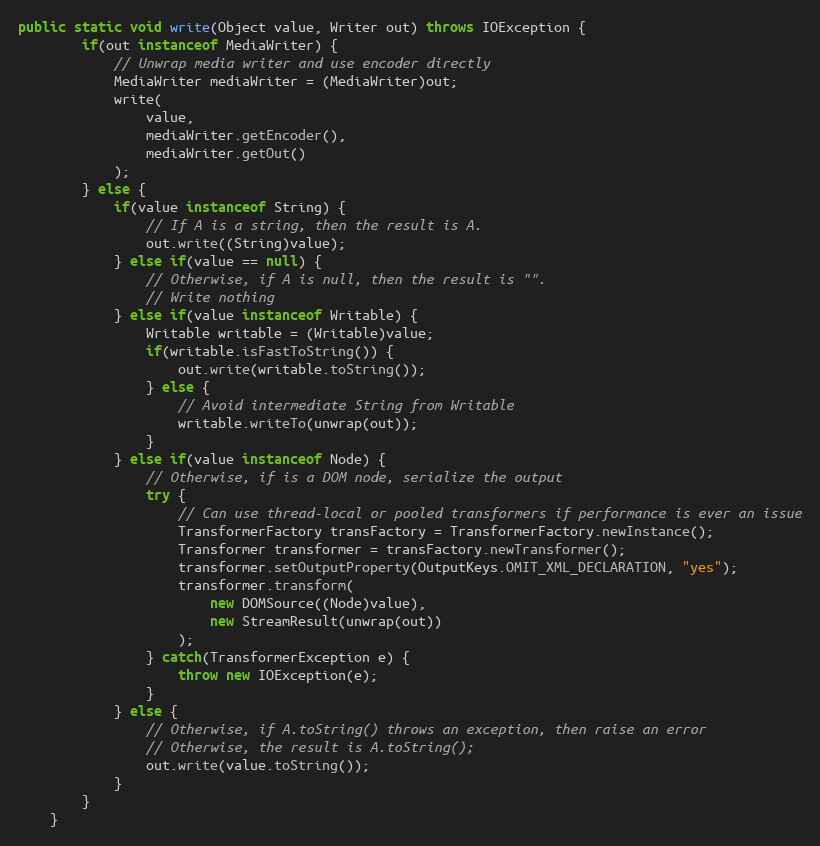
Language: Java
public static void write(Object value, Writer out) throws IOException {
		if(out instanceof MediaWriter) {
			// Unwrap media writer and use encoder directly
			MediaWriter mediaWriter = (MediaWriter)out;
			write(
				value,
				mediaWriter.getEncoder(),
				mediaWriter.getOut()
			);
		} else {
			if(value instanceof String) {
				// If A is a string, then the result is A.
				out.write((String)value);
			} else if(value == null) {
				// Otherwise, if A is null, then the result is "".
				// Write nothing
			} else if(value instanceof Writable) {
				Writable writable = (Writable)value;
				if(writable.isFastToString()) {
					out.write(writable.toString());
				} else {
					// Avoid intermediate String from Writable
					writable.writeTo(unwrap(out));
				}
			} else if(value instanceof Node) {
				// Otherwise, if is a DOM node, serialize the output
				try {
					// Can use thread-local or pooled transformers if performance is ever an issue
					TransformerFactory transFactory = TransformerFactory.newInstance();
					Transformer transformer = transFactory.newTransformer();
					transformer.setOutputProperty(OutputKeys.OMIT_XML_DECLARATION, "yes");
					transformer.transform(
						new DOMSource((Node)value),
						new StreamResult(unwrap(out))
					);
				} catch(TransformerException e) {
					throw new IOException(e);
				}
			} else {
				// Otherwise, if A.toString() throws an exception, then raise an error
				// Otherwise, the result is A.toString();
				out.write(value.toString());
			}
		}
	}